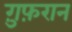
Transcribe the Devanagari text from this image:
ग़ुफ़रान